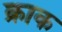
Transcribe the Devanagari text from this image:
क्राक